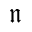
\mathfrak { n }